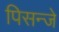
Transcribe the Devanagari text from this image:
पिसन्जे